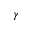
\gamma